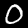
Label: 0